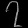
Digit: ၇